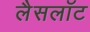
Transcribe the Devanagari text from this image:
लैसलॉट